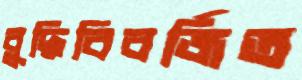
বুদ্ধিবিবর্জিত